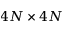
4 N \times 4 N